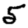
Digit: 5